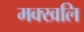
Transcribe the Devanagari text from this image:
मक्खलि